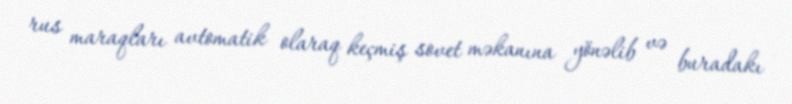
rus maraqları avtomatik olaraq keçmiş sovet məkanına yönəlib və buradakı